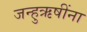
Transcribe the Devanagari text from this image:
जन्हुऋषींना